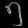
Digit: ၅